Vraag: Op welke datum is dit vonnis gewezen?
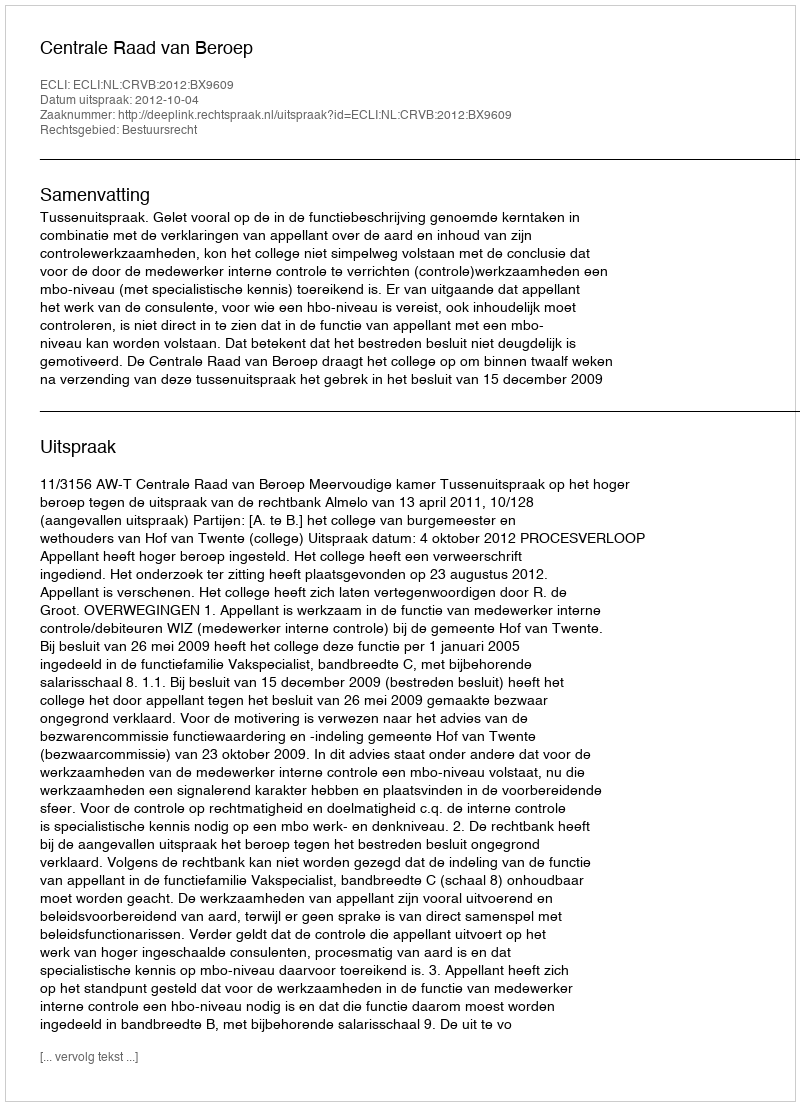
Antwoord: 2012-10-04